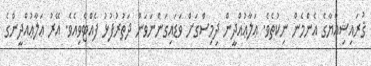
ޤުރައިޝިއްޔާގެ އެންމެން ނިކުތެވެ. ޢަލާޢުއްދީން ދިމިސްގަށް ވަޑައިގަންނަވަން ދަތުރުފުޅު ފެއްޓެވިއެވެ. އޭރު ޢަލާޢުއްދީންގެ